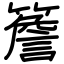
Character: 簷